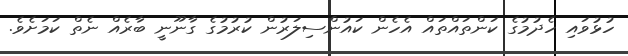
ހުޅުވައި ހެދުމުގެ ކަންތައްތައް އެހެން ކައުންސިލަރުން ކުރުމުގެ ގާނޫނީ ބާރެއް ނެތް ކަމަށެވެ.